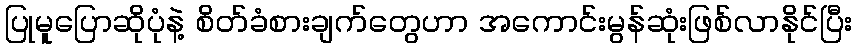
ပြုမူပြောဆိုပုံနဲ့ စိတ်ခံစားချက်တွေဟာ အကောင်းမွန်ဆုံးဖြစ်လာနိုင်ပြီး